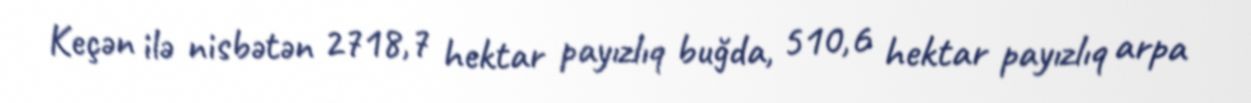
Keçən ilə nisbətən 2718,7 hektar payızlıq buğda, 510,6 hektar payızlıq arpa